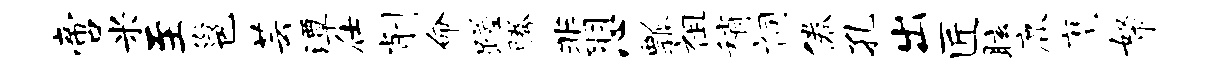
啻米至邕芸潭仕削命蹉腾翡心瓢祖稍祠倦孔出匠眩鹿麾帑